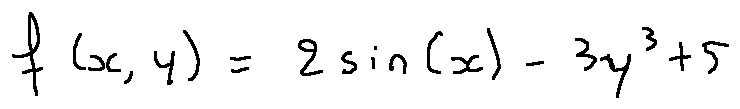
f ( x , y ) = 2 \sin ( x ) - 3 y ^ { 3 } + 5